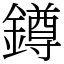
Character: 鐏